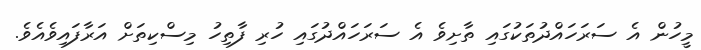
މީހުން އެ ސަރަހައްދުތަކުގައި ތާށިވެ އެ ސަރަހައްދުގައި ހުރި ފާތިހު މިސްކިތަށް އަރާފައިވެއެވެ.